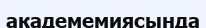
академемиясында